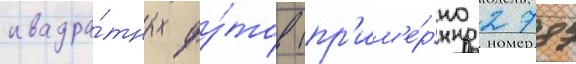
квадра́тных фу́тов (пр'им'е́рно 2787